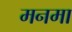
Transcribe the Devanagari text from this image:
मनमा